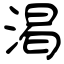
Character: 渇